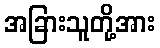
အခြားသူတို့အား